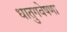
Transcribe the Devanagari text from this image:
धातुगवेषणा